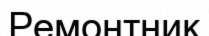
Ремонтник